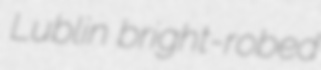
Lublin bright-robed